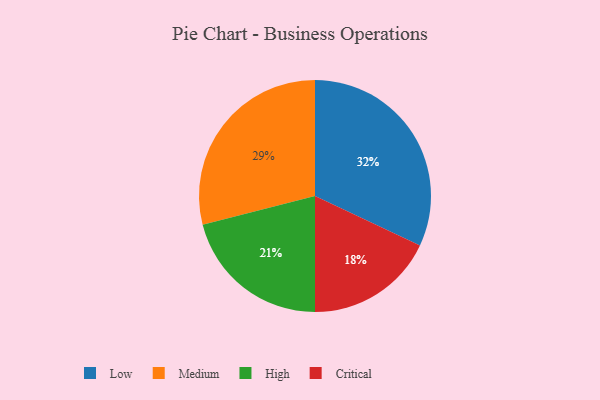
{"axis": {"x": "Category", "y": "Percentage"}, "legend": ["Critical", "High", "Low", "Medium"], "data": [{"x": "Low", "y": 32, "type": "Low"}, {"x": "Medium", "y": 29, "type": "Medium"}, {"x": "Critical", "y": 18, "type": "Critical"}, {"x": "High", "y": 21, "type": "High"}]}